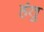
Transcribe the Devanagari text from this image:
हंतु